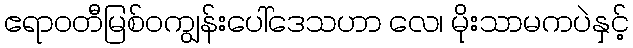
ဧရာဝတီမြစ်ဝကျွန်းပေါ်ဒေသဟာ လေ၊ မိုးသာမကပဲနှင့်